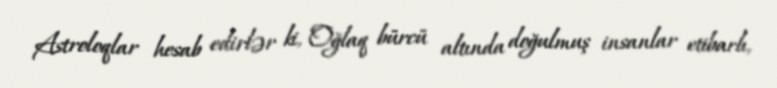
Astroloqlar hesab edirlər ki, Oğlaq bürcü altında doğulmuş insanlar etibarlı,